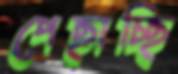
পেছাচ্ছি